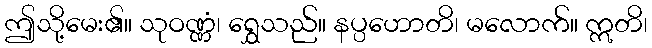
ဤသို့မေး၏။ သုဝဏ္ဏံ၊ ရွှေသည်။ နပ္ပဟောတိ၊ မလောက်။ ဣတိ၊